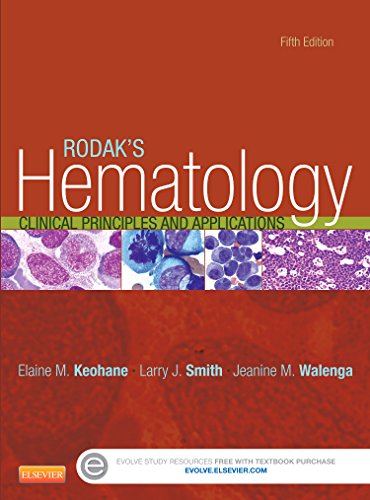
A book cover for Rodak's Hematology: Clinical Principles and Applications, 5e; Elaine Keohane PhD  MLS; Medical Books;